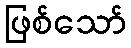
ဖြစ်သော်